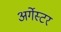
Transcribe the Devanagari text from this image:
अर्गेस्टर